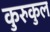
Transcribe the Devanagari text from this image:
कुरुकुल